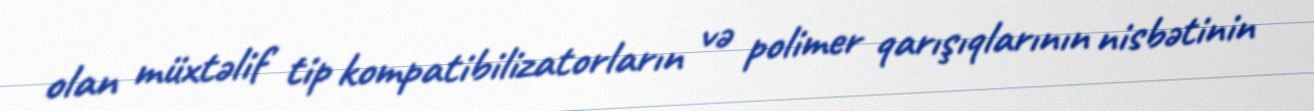
olan müxtəlif tip kompatibilizatorların və polimer qarışıqlarının nisbətinin